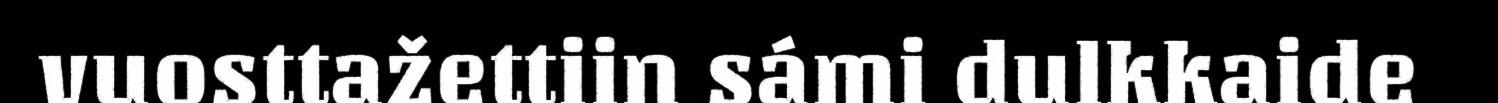
vuosttažettiin sámi dulkkaide